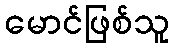
မောင်ဖြစ်သူ